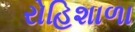
રોહિશાળા